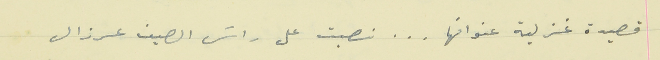
قصيدة غزلية عنوانها . . . نصبت على راسَ الصيف عرزال